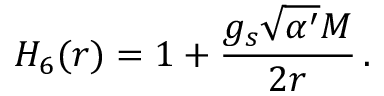
H _ { 6 } ( r ) = 1 + \frac { g _ { s } \sqrt { \alpha ^ { \prime } } M } { 2 r } \, .